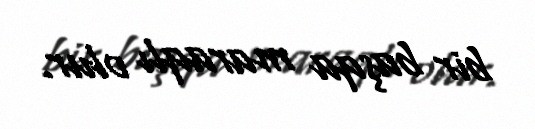
bir başqa maraqlı olur.